Civil Veterinary Department. Madras. Admin. report 1926-33 - 1926-1933
Year: 1926
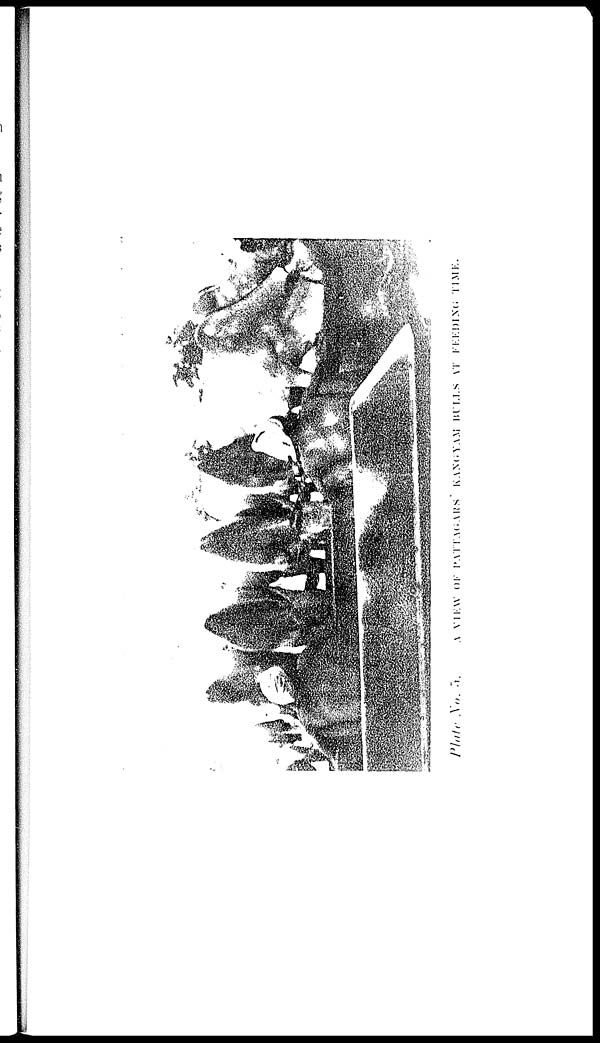
Plate
No.
5.
A VIEW OF PATTAGARS' KANGYAM BULLS AT FEEDING TIME.